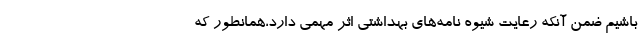
باشیم ضمن آنکه رعایت شیوه نامه‌های بهداشتی اثر مهمی دارد،همانطور که